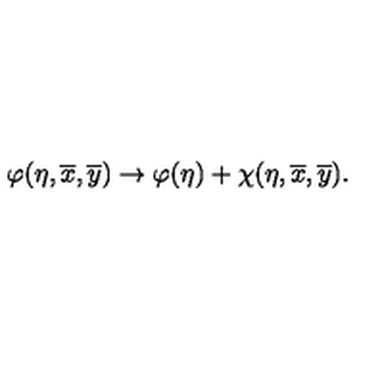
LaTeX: \varphi ( \eta , \overline { { x } } , \overline { { y } } ) \rightarrow \varphi ( \eta ) + \chi ( \eta , \overline { { x } } , \overline { { y } } ) .